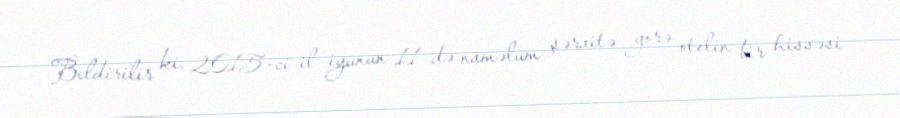
Bildirilir ki, 2015-ci il iyunun 11-də naməlum şəraitə görə otelin bir hissəsi